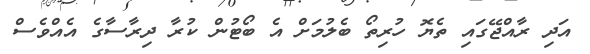
އަދި ރާއްޖޭގައި ތެޔޮ ހުރިތޯ ބެލުމަށް އެ ބޯޓުން ކުރާ ދިރާސާގެ އެއްވެސް